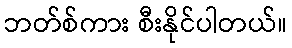
ဘတ်စ်ကား စီးနိုင်ပါတယ်။